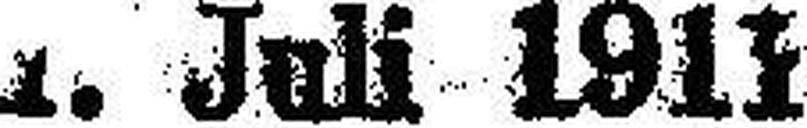
1. Juli 1911